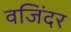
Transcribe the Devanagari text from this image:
वजिंदर